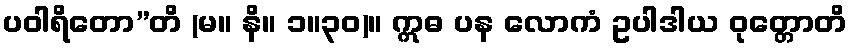
ပဝါရိတော”တိ (မ။ နိ။ ၁။၃၀)။ ဣဓ ပန လောကံ ဥပါဒါယ ဝုတ္တောတိ